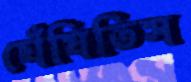
ঘেঁষিতিস